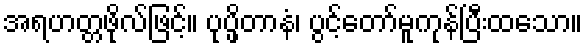
အရဟတ္တဖိုလ်ဖြင့်။ ပုပ္ဖိတာနံ၊ ပွင့်တော်မူကုန်ပြီးထသော။